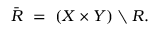
{ \bar { R } } \ = \ ( X \times Y ) \setminus R .